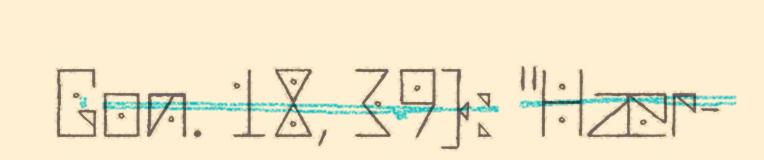
Gon. 18, 39): "Hær-